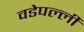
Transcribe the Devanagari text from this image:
वडेपल्‍ली